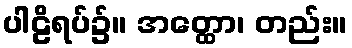
ပါဠိရပ်၌။ အတ္ထော၊ တည်း။